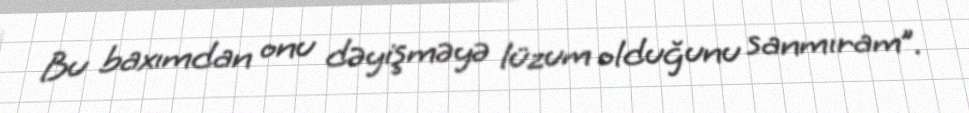
Bu baxımdan onu dəyişməyə lüzum olduğunu sanmıram”.